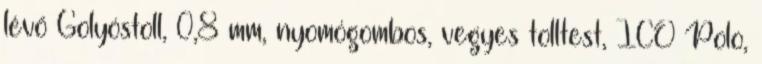
lévő Golyóstoll, 0,8 mm, nyomógombos, vegyes tolltest, ICO Polo,